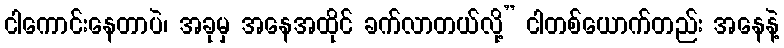
ငါကောင်းနေတာပဲ၊ အခုမှ အနေအထိုင် ခက်လာတယ်လို့” ငါတစ်ယောက်တည်း အနေနဲ့